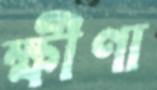
ক্ষীণা